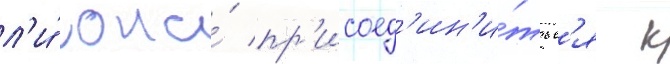
л'и́ она́ пр'исоед'ин'и́тьс'я к